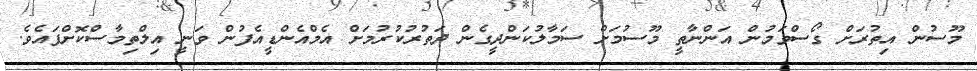
މޫސުން އިތުރަށް ގޯސްވަމުން އަންނާތީ މޫސުމަށް ސަމާލުކަންދީގެން ދަތުރުކުރުމަށް އެމްއެންޑީއެފުން ވަނީ އިލްތިމާސްކޮށްފައެވެ.